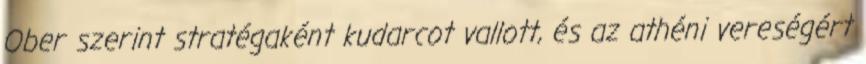
Ober szerint stratégaként kudarcot vallott, és az athéni vereségért